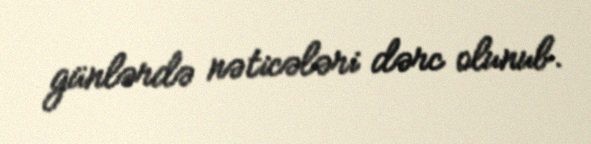
günlərdə nəticələri dərc olunub.